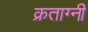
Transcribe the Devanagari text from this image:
क्रताग्नी